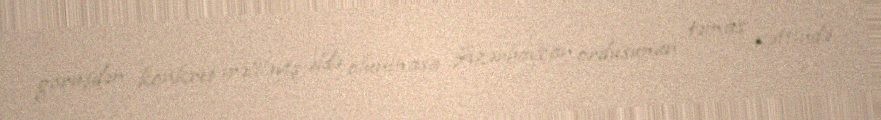
görüşdən konkret irəliləyiş əldə olunmasa Azərbaycan ordusunun təmas xəttində